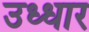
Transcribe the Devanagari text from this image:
उध्धार